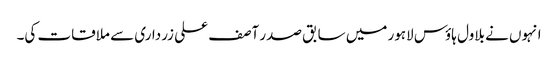
انہوں نے بلاول ہاؤس لاہور میں سابق صدر آصف علی زرداری سے ملاقات کی۔